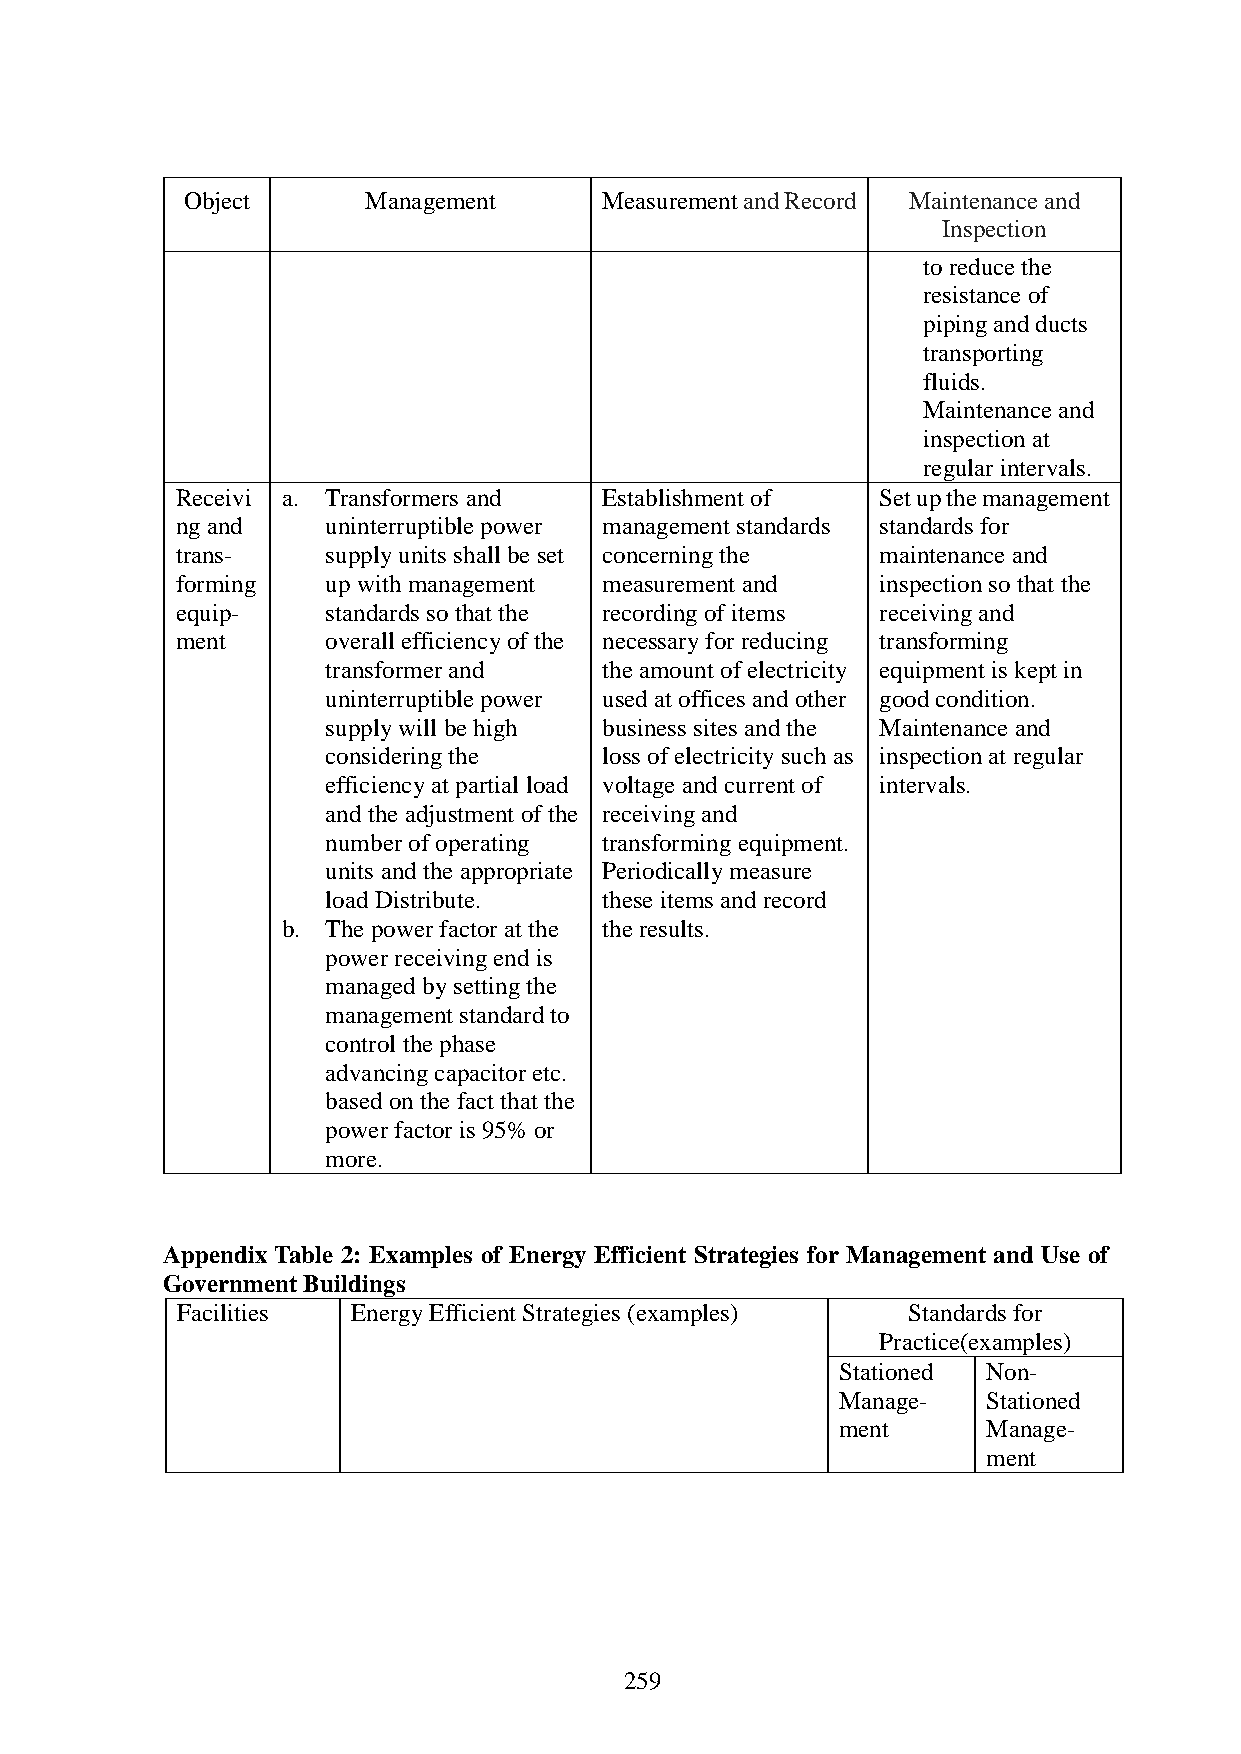
Object      Management      Measurement and Record Maintenance and
 Inspection
 to reduce the
 resistance of
 piping and ducts
 transporting
 fluids.
 Maintenance and
 inspection at
 regular intervals.
 Receivi a. Transformers and Establishment of  Set up the management
 ng and    uninterruptible power management standards standards for
 trans-    supply units shall be set concerning the maintenance and
 forming   up with management measurement and  inspection so that the
 equip-    standards so that the recording of items receiving and
 ment      overall efficiency of the necessary for reducing transforming
 transformer and   the amount of electricity equipment is kept in
 uninterruptible power used at offices and other good condition.
 supply will be high business sites and the Maintenance and
 considering the   loss of electricity such as inspection at regular
 efficiency at partial load voltage and current of intervals.
 and the adjustment of the receiving and
 number of operating transforming equipment.
 units and the appropriate Periodically measure
 load Distribute.  these items and record
 b. The power factor at the the results.
 power receiving end is
 managed by setting the
 management standard to
 control the phase
 advancing capacitor etc.
 based on the fact that the
 power factor is 95% or
 more.
 Appendix Table 2: Examples of Energy Efficient Strategies for Management and Use of
 Government Buildings
 Facilities Energy Efficient Strategies (examples) Standards for
 Practice(examples)
 Stationed Non-
 Manage-   Stationed
 ment      Manage-
 ment
 259